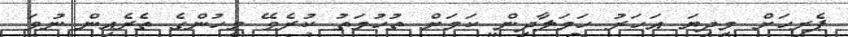
ޕެރިހަށް މިދިޔަ އަހަރު ހަމަލާދިން ކަމަށް ތުހުމަތު ކުރެވޭ މީހުންގެ ތެރެއިން ނުވަ